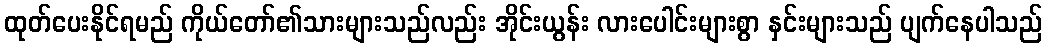
ထုတ်ပေးနိုင်ရမည် ကိုယ်တော်၏သားများသည်လည်း အိုင်းယွန်း လားပေါင်းများစွာ နှင်းများသည် ပျက်နေပါသည်